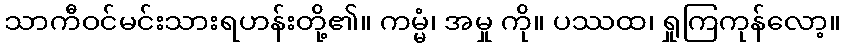
သာကီဝင်မင်းသားရဟန်းတို့၏။ ကမ္မံ၊ အမှု ကို။ ပဿထ၊ ရှုကြကုန်လော့။